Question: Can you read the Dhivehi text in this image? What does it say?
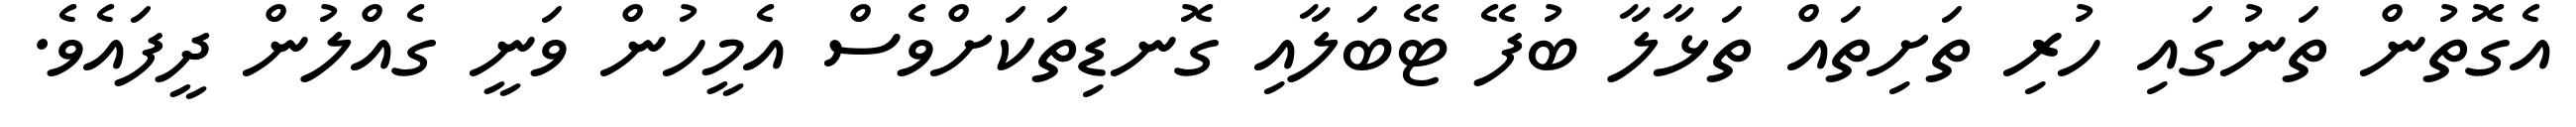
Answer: އެގޮތުން ތަނުގައި ހުރި ތަށިތައް ތަޅާލާ ބުފޭ ޓޭބަލާއި ގޮނޑިތަކަށްވެސް އެމީހުން ވަނީ ގެއްލުން ދީފައެވެ.